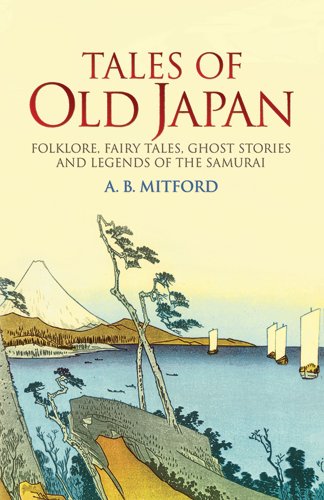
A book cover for Tales of Old Japan: Folklore, Fairy Tales, Ghost Stories and Legends of the Samurai; A. B. Mitford; Literature & Fiction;